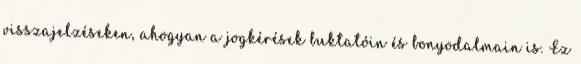
visszajelzéseken, ahogyan a jogkérések buktatóin és bonyodalmain is. Ez